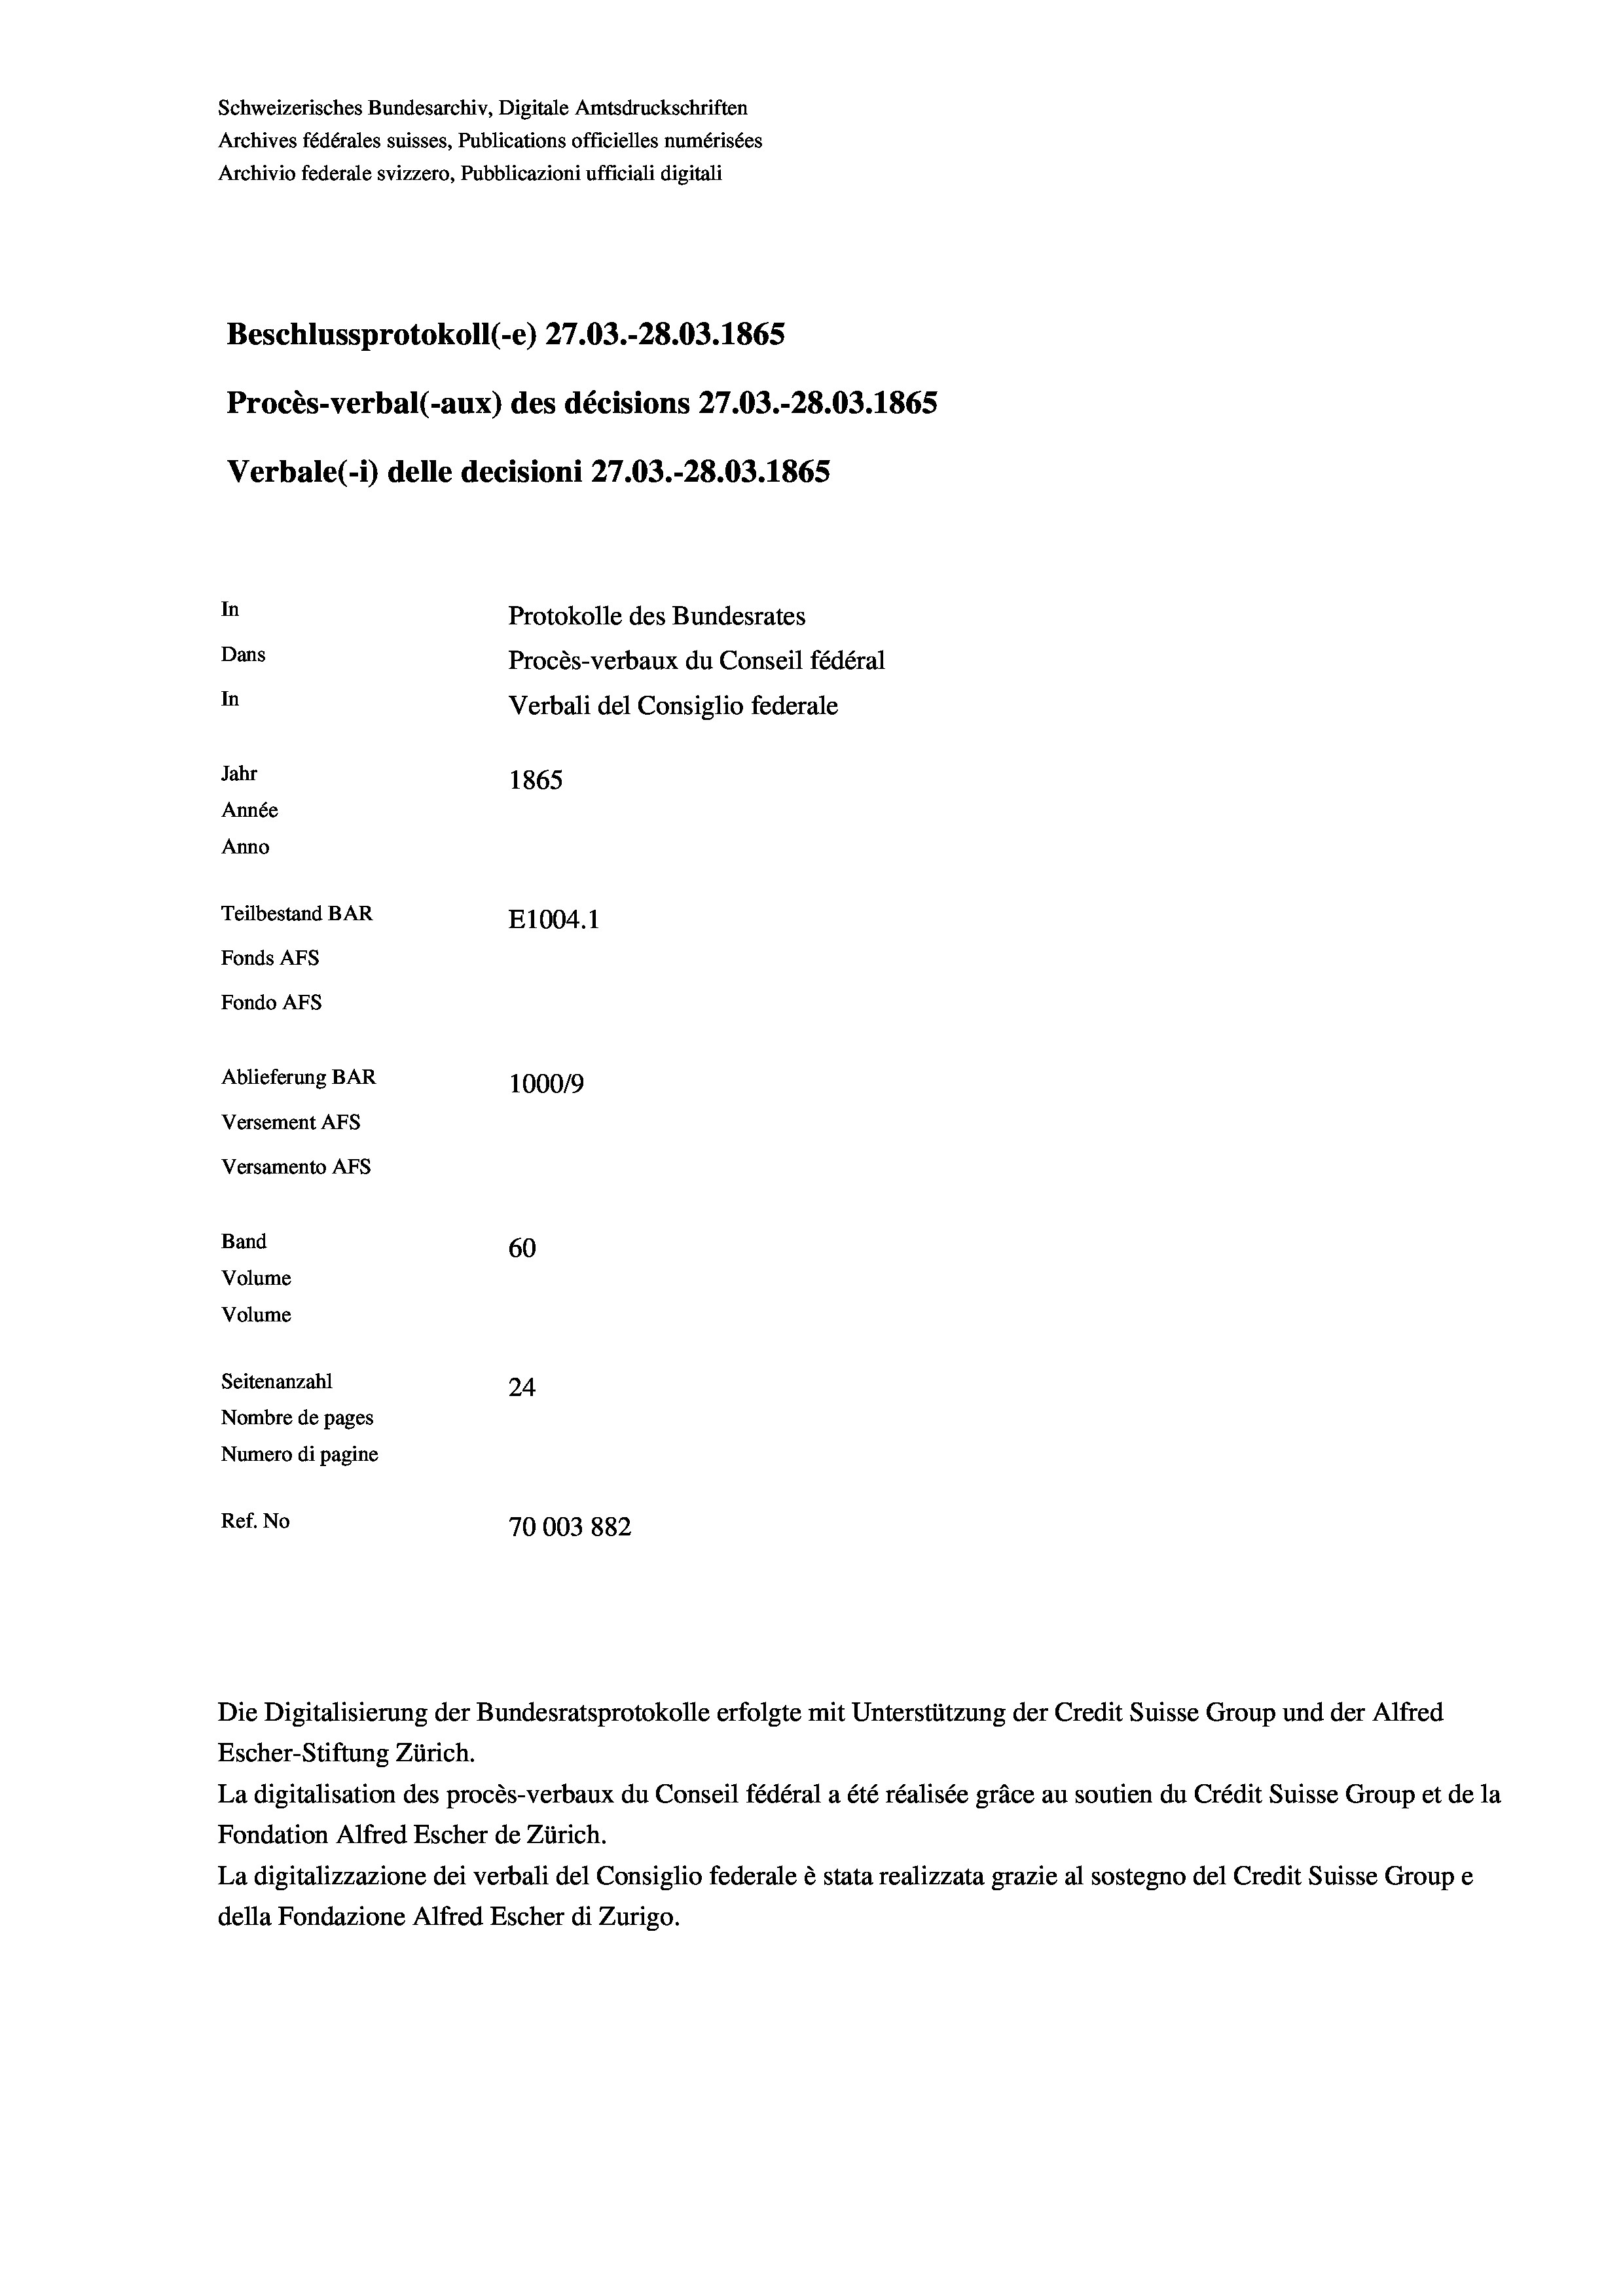
Schweizerisches Bundesarchiv, Digitale Amtsdruckschriften
Archives fédérales suisses, Publications officielles numérisées
Archivio federale svizzero, Pubblicazioni ufficiali digitali
Beschlussprotokoll (-e) 27.03.-28.03. 1865
Procès-verbal (-aux) des décisions 27.03.-28.03. 1865
Verbale(*) delle decisioni 27.03.-28.03. 1865
In
Protokolle des Bundesrates
Dans
Procès-verbaux du Conseil fédéral
In
Verbali del Consiglio federale
Jahr
1865
Année
Anno
Teilbestand BAR
E1004.1
Fonds AFs
Fondo Afs
Ablieferung BAR
100019
Versement AFs
Versamento Afs
Band
60
Volume
Volume
Seitenanzahl
24

Nombre de pages
Numero di pagine
Ref. No
70003 882

La digitalisation des procès-verbaux du Conseil fédéral a été réalisée gräce au soutien du Crédit Suisse Group et de la
Fondation Alfred Escher de Zürich.
La digitalizzazione dei verbali del Consiglio federale è stata realizzata grazie al sostegno del Credit Suisse Groupe
della Fondazione Alfred Escher di Zurigo.

Die Digitalisierung der Bundesratsprotokolle erfolgte mit Unterstützung der Credit Suisse Group und der Alfred
Escher-Stiftung Zürich.